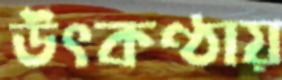
উৎকণ্ঠায়